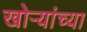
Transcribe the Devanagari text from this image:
खोर्‍यांच्या